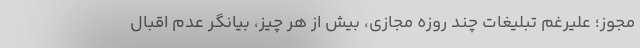
مجوز؛ علیرغم تبلیغات چند روزه مجازی، بیش از هر چیز، بیانگر عدم اقبال